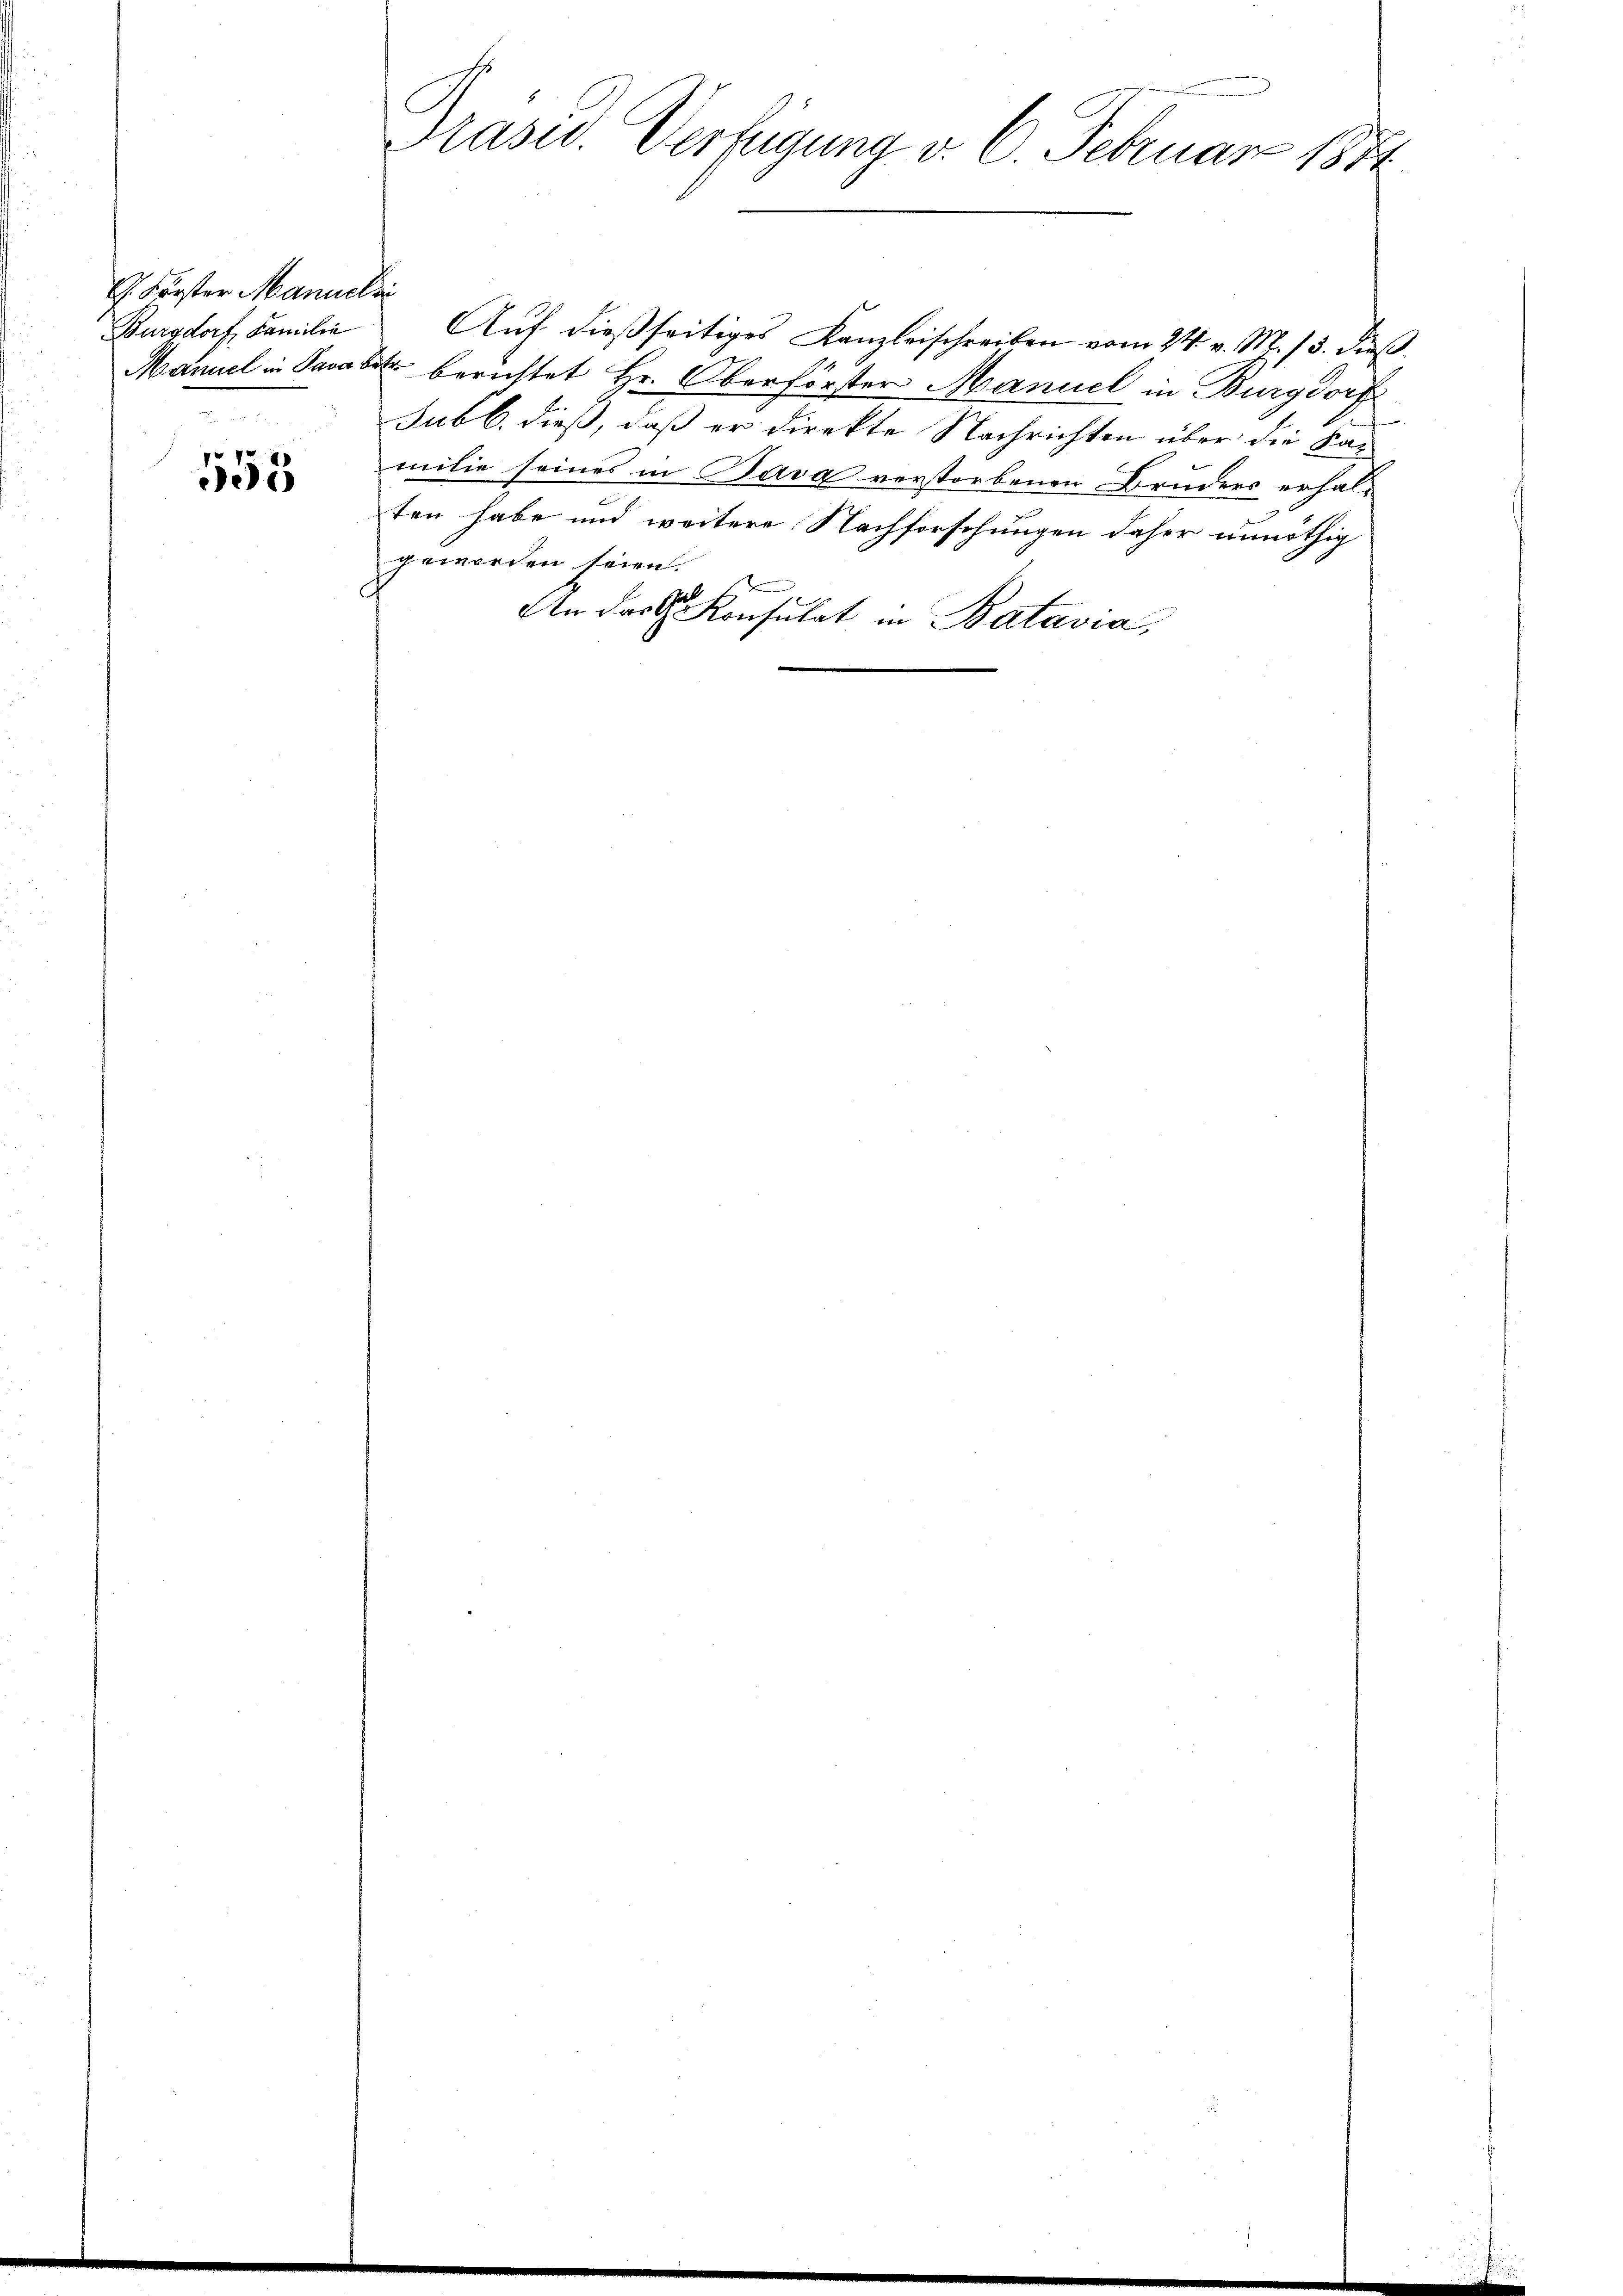
G. Förster Manuel si
Burgdorf, Familie

553

Präsid. Verfügung v. 6. Februar 1881

Auf dießseitiges Kanzleischreiben vom 24. v. M. 13. dieß¬
Manuel in Parabe berichtet Hr. Oberförster Manuel in Burgdorf
Subb. dieß, daß er direkte Nachrichten über die Kamilie seines in Java verstorbenen Bruders erhalten habe und weitere Nachforschungen daher unnöthig
geworden seien.
d
An das Konsulat in Batavia,